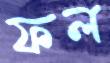
ফল